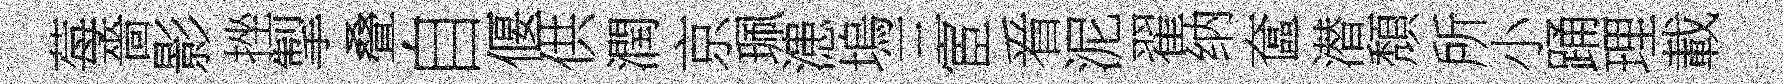
莓嗇影挫掣叠自偃供潤京珮漶塢三宦㸔泥翟纳奩潜頽所小踊理載